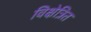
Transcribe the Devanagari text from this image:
विक्षेत्रित